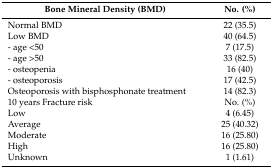
<table><thead><tr><td><b>Bone Mineral Density (BMD)</b></td><td><b>No. (%)</b></td></tr></thead><tbody><tr><td>Normal BMD</td><td>22 (35.5)</td></tr><tr><td>Low BMD</td><td>40 (64.5)</td></tr><tr><td>- age &lt;50</td><td>7 (17.5)</td></tr><tr><td>- age &gt;50</td><td>33 (82.5)</td></tr><tr><td>- osteopenia</td><td>16 (40)</td></tr><tr><td>- osteoporosis</td><td>17 (42.5)</td></tr><tr><td>Osteoporosis with bisphosphonate treatment</td><td>14 (82.3)</td></tr><tr><td>10 years Fracture risk</td><td>No. (%)</td></tr><tr><td>Low</td><td>4 (6.45)</td></tr><tr><td>Average</td><td>25 (40.32)</td></tr><tr><td>Moderate</td><td>16 (25.80)</td></tr><tr><td>High</td><td>16 (25.80)</td></tr><tr><td>Unknown</td><td>1 (1.61)</td></tr></tbody></table>